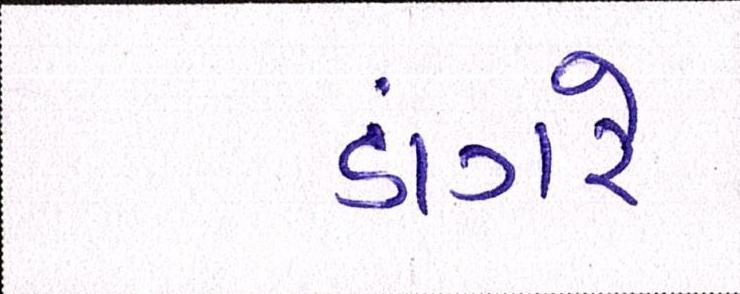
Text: ડાંગરે